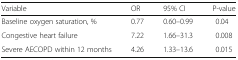
<table><thead><tr><td><b>Variable</b></td><td><b>OR</b></td><td><b>95% CI</b></td><td><b>P-value</b></td></tr></thead><tbody><tr><td>Baseline oxygen saturation, %</td><td>0.77</td><td>0.60–0.99</td><td>0.04</td></tr><tr><td>Congestive heart failure</td><td>7.22</td><td>1.66–31.3</td><td>0.008</td></tr><tr><td>Severe AECOPD within 12 months</td><td>4.26</td><td>1.33–13.6</td><td>0.015</td></tr></tbody></table>